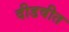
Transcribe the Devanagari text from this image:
दीडवीत